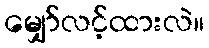
မျှော်လင့်ထားလဲ။